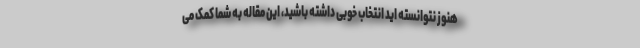
هنوز نتوانسته اید انتخاب خوبی داشته باشید، این مقاله به شما کمک می